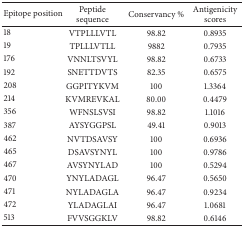
<table><thead><tr><td><b>Epitope position</b></td><td><b>Peptide sequence</b></td><td><b>Conservancy %</b></td><td><b>Antigenicity scores</b></td></tr></thead><tbody><tr><td>18</td><td>VTPLLLVTL</td><td>98.82</td><td>0.8935</td></tr><tr><td>19</td><td>TPLLLVTLL</td><td>9882</td><td>0.7935</td></tr><tr><td>176</td><td>VNNLTSVYL</td><td>98.82</td><td>0.6733</td></tr><tr><td>192</td><td>SNETTDVTS</td><td>82.35</td><td>0.6575</td></tr><tr><td>208</td><td>GGPITYKVM</td><td>100</td><td>1.3364</td></tr><tr><td>214</td><td>KVMREVKAL</td><td>80.00</td><td>0.4479</td></tr><tr><td>356</td><td>WFNSLSVSI</td><td>98.82</td><td>1.1016</td></tr><tr><td>387</td><td>AYSYGGPSL</td><td>49.41</td><td>0.9013</td></tr><tr><td>462</td><td>NVTDSAVSY</td><td>100</td><td>0.6936</td></tr><tr><td>465</td><td>DSAVSYNYL</td><td>100</td><td>0.9786</td></tr><tr><td>467</td><td>AVSYNYLAD</td><td>100</td><td>0.5294</td></tr><tr><td>470</td><td>YNYLADAGL</td><td>96.47</td><td>0.5650</td></tr><tr><td>471</td><td>NYLADAGLA</td><td>96.47</td><td>0.9234</td></tr><tr><td>472</td><td>YLADAGLAI</td><td>96.47</td><td>1.0681</td></tr><tr><td>513</td><td>FVVSGGKLV</td><td>98.82</td><td>0.6146</td></tr></tbody></table>